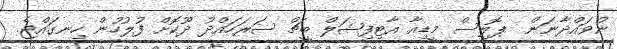
ނުވައްދާނަން  ޕޮލިސް މީޑިއާ އާޓިފިޝަލް ބީޗް ސަރަހައްދު ދޫކޮށް ފުލުހުން ހިނގައްޖެ.